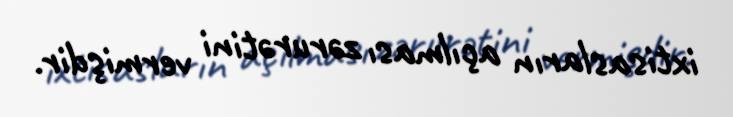
ixtisasların açılması zərurətini vermişdir.